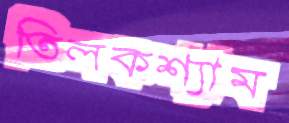
তিলকশ্যাম